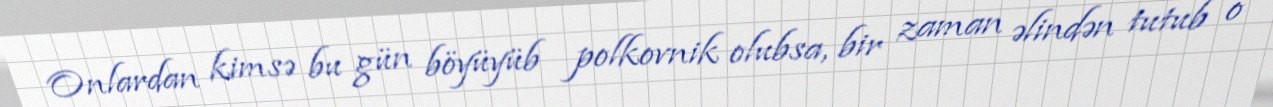
Onlardan kimsə bu gün böyüyüb polkovnik olubsa, bir zaman əlindən tutub o